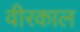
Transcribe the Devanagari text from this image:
वीरकाल